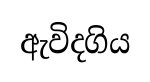
ඇවිදගිය